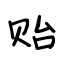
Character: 贻